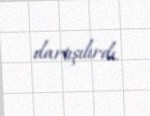
dartışılırdı.